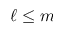
\ell \le m